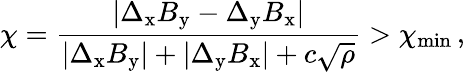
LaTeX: \chi=\frac{\left|\Delta_{\mathrm{x}}B_{\mathrm{y}}-\Delta_{\mathrm{y}}B_{\mathrm{x}}\right|}{\left|\Delta_{\mathrm{x}}B_{\mathrm{y}}\right|+\left|\Delta_{\mathrm{y}}B_{\mathrm{x}}\right|+c\sqrt{\rho}}>\chi_{\mathrm{\operatorname*{min}}}\, ,